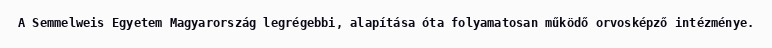
A Semmelweis Egyetem Magyarország legrégebbi, alapítása óta folyamatosan működő orvosképző intézménye.